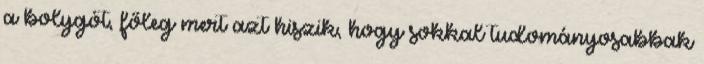
a bolygót, főleg mert azt hiszik, hogy sokkal tudományosabbak